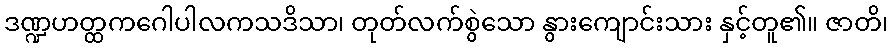
ဒဏ္ဍဟတ္ထကဂေါပါလကသဒိသာ၊ တုတ်လက်စွဲသော နွားကျောင်းသား နှင့်တူ၏။ ဇာတိ၊